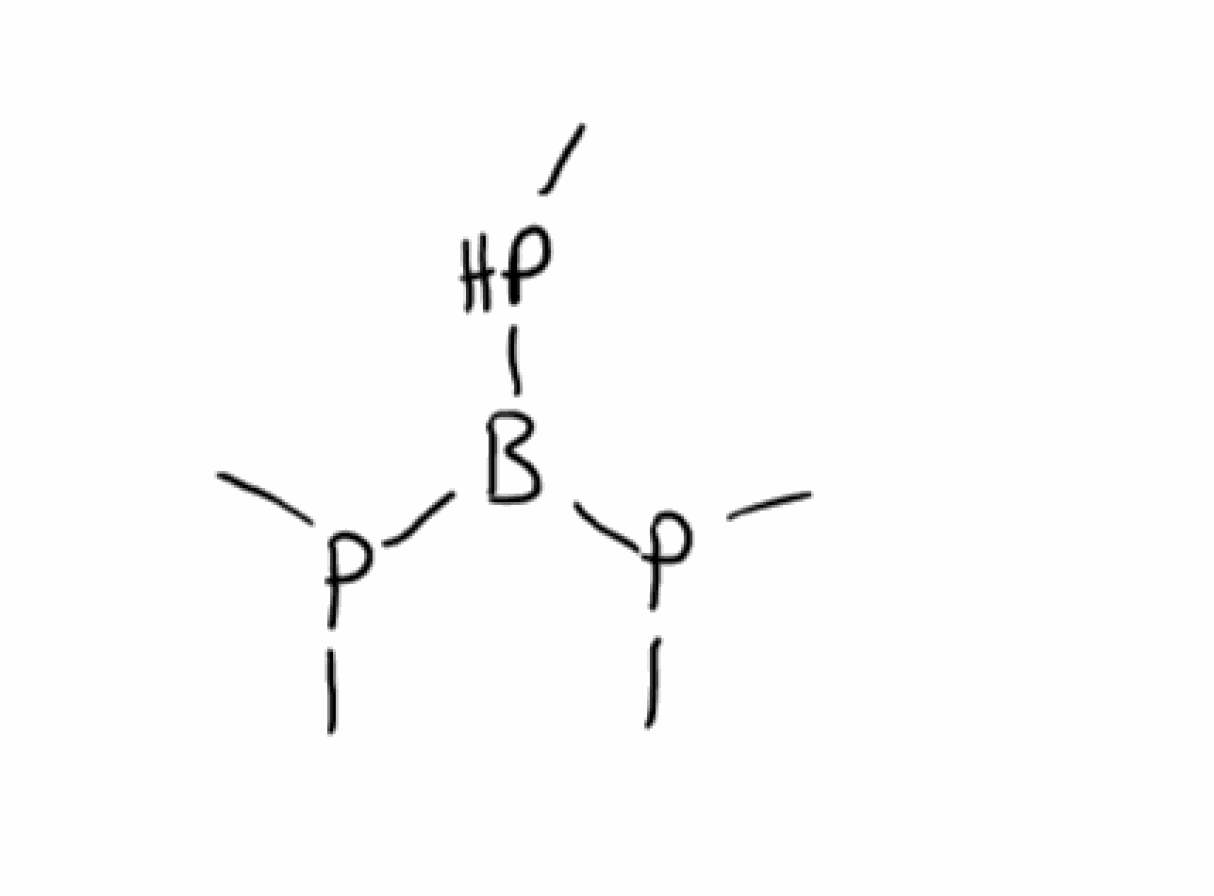
Simplified molecular-input line-entry system (SMILES) notation of the given molecule:
B(PC)(P(C)C)P(C)C